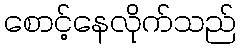
စောင့်နေလိုက်သည်